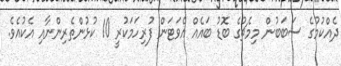
ދެއްކުމުގެ ސަބަބުން މިމެޗުގެ ބޮޑު ބައެއް އެވަޓަން ފުރިހަމަކުރީ 10 ކުޅުންތެރިންނާއި އެކުއެވެ.